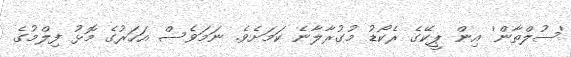
'ސުލްތާން' އިން ޕީކޭގެ ރެކޯޑު މުގުރާލާނެ ކަމަށެވެ. ނަމަވެސް އަހަރުގެ މޮޅު ފިލްމުގެ